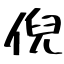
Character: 倪